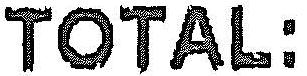
TOTAL: